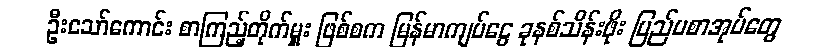
ဦးသော်ကောင်း စာကြည့်တိုက်မှူး ဖြစ်စက မြန်မာကျပ်ငွေ ခုနစ်သိန်းဖိုး ပြည်ပစာအုပ်တွေ